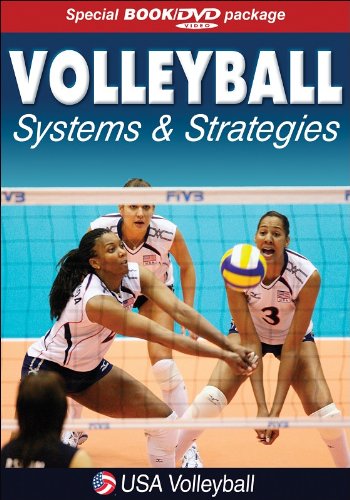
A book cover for Volleyball Systems & Strategies; USA Volleyball; Sports & Outdoors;